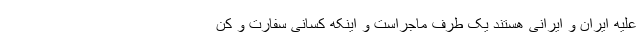
علیه ایران و ایرانی هستند یک طرف ماجراست و اینکه کسانی سفارت و کن